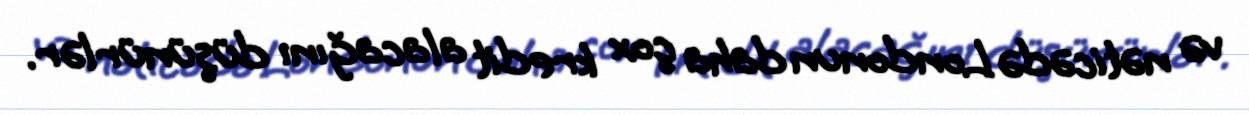
və nəticədə Londonun daha çox kredit alacağını düşünürlər.